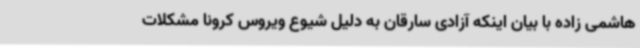
هاشمی زاده با بیان اینکه آزادی سارقان به دلیل شیوع ویروس کرونا مشکلات